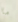
ما